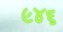
૯૪૬